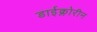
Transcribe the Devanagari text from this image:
डाईक्लोरीन